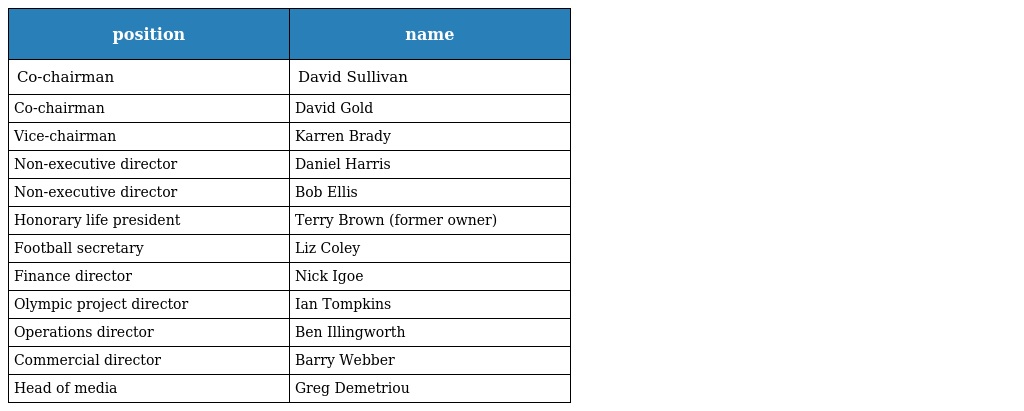
| position | name |
 | --- | --- |
 | Co-chairman | David Sullivan |
 | Co-chairman | David Gold |
 | Vice-chairman | Karren Brady |
 | Non-executive director | Daniel Harris |
 | Non-executive director | Bob Ellis |
 | Honorary life president | Terry Brown (former owner) |
 | Football secretary | Liz Coley |
 | Finance director | Nick Igoe |
 | Olympic project director | Ian Tompkins |
 | Operations director | Ben Illingworth |
 | Commercial director | Barry Webber |
 | Head of media | Greg Demetriou |